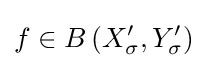
f\in B\left(X_{\sigma }^{\prime },Y_{\sigma }^{\prime }\right)